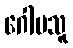
ဂေါပသူ